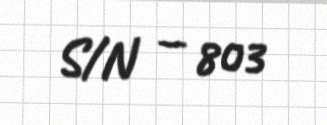
S/N — 803